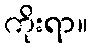
ကိုးရာ။